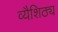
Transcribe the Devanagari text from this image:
व्यैशिठ्य